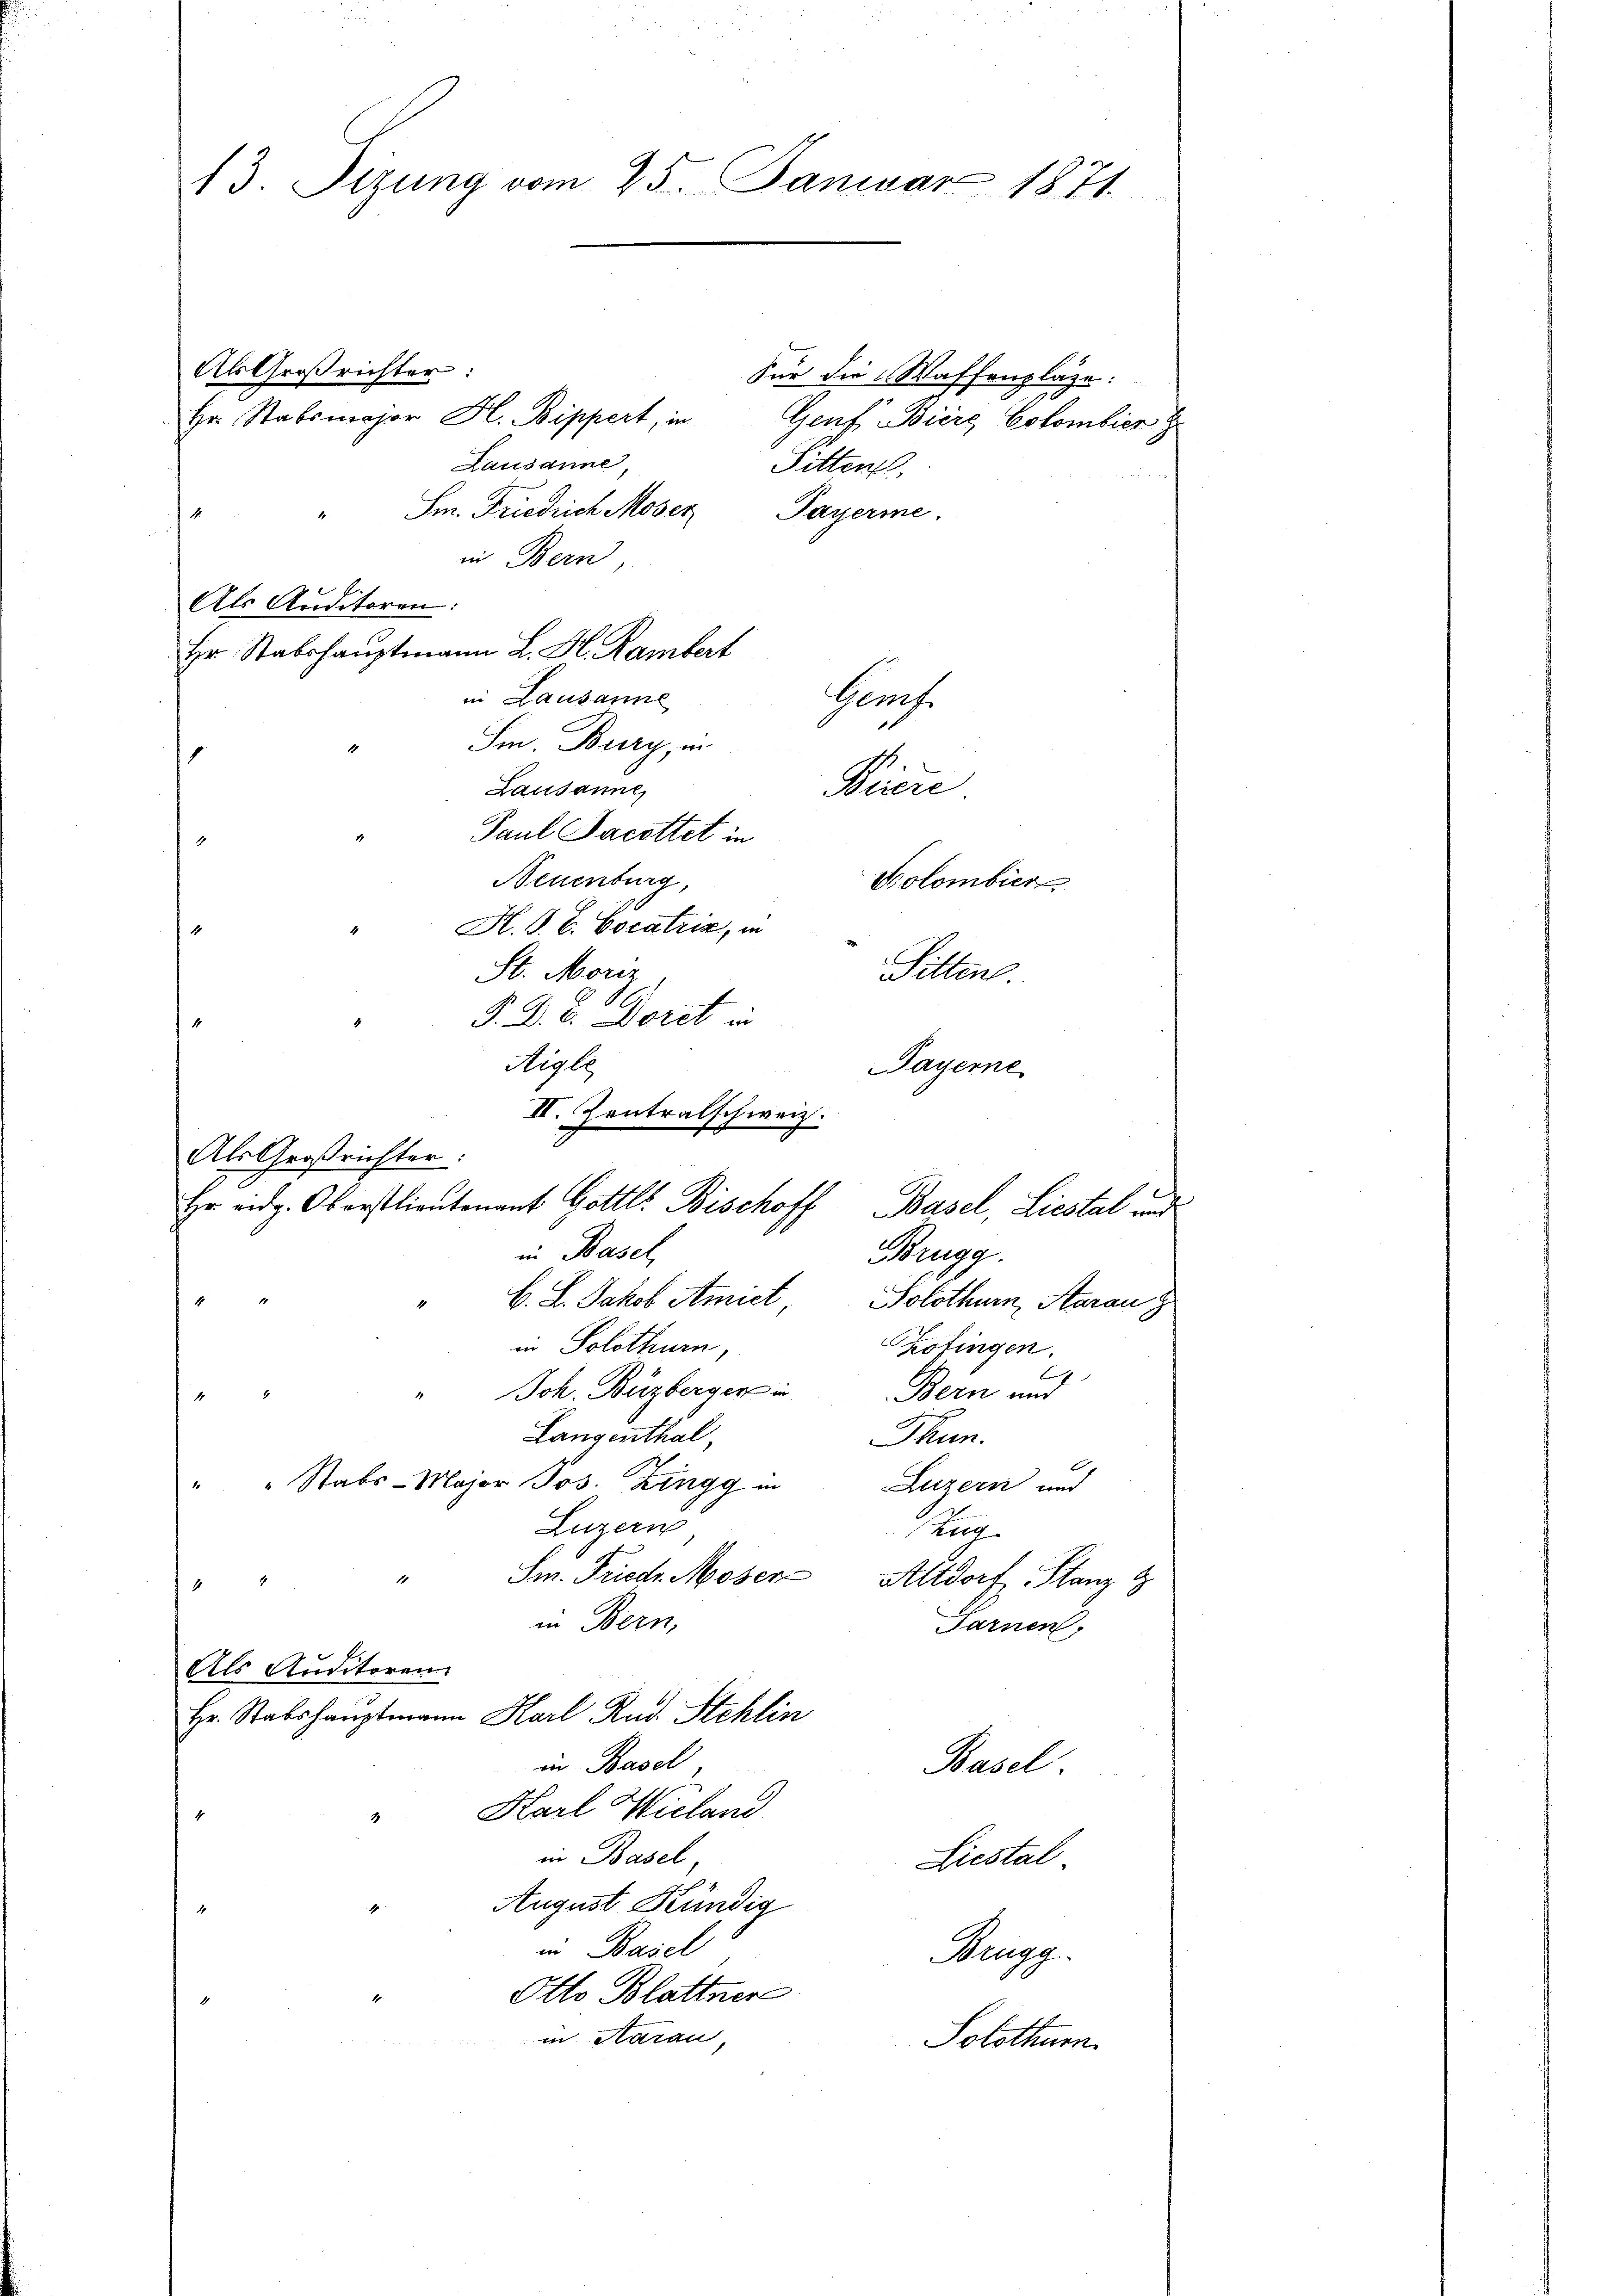
13. Sizung vom 25. Januar 1871.

Als Großrichter:
Für die Waffenpläze:
Hr. Stabsmajor H. Bippert, in Genf Biere Colombier
Lausanne,
Sitten.
.
" Sm. Friedrich Moser Payerne.
in Bern,
Als Auditoren:
Hr. Stabshauptmann L. H. Rambert
in Lausanne
Gerf
Sm. Burg, in
s
Biiere
Lausanne,
Paul Jacottet in
Neuenburg,
Bolombier
H. J. V. Cocatrix, in
St. Monz
Sitten.
P. D. C. Doret in
Aigle
Bayerne
II. Zentralschweiz.
Als Großrichter
Hr eidg. Oberstlieutenant Gottl. Bischoff Basel, Liestal und
in Basel,
Brugg.
C. L. Jakob Amiet, Solothurn, Aarau g
1
in Solothurn,
hofingen.
Joh. Buzberger in Bern und
Langenthal,
Thun.
" " Stabs-Major Jos. Zingg in
Luzern und
Luzern
Zug
Sm. Friedr. Moser Altdorf Planz g
in Bern,
Sarnen,
Als Auditorenz
Hr. Stabshauptmann Karl Rud. Stehlin
in Basel
Basel
Karl Wielani
in Basel,
Liestal
August Kündig
in Basel
Magg
Otto Blattner
in Aarau
Solothur